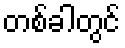
တစ်ခါတွင်